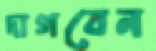
দাগবেন